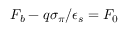
F _ { b } - q \sigma _ { \pi } / \epsilon _ { s } = F _ { 0 }